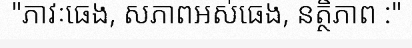
"ភាវៈធេង, សភាពអស់ធេង, នត្ថិភាព :"